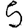
Digit: 5